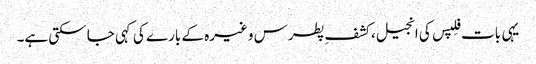
یہی بات فِلپس کی انجیل، کشفِ پطرس وغیرہ کے بارے کی کہی جا سکتی ہے۔